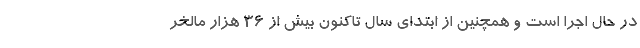
در حال اجرا است و همچنین از ابتدای سال تاکنون بیش از ۳۶ هزار مالخر